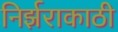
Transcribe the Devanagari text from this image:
निर्झराकाठी